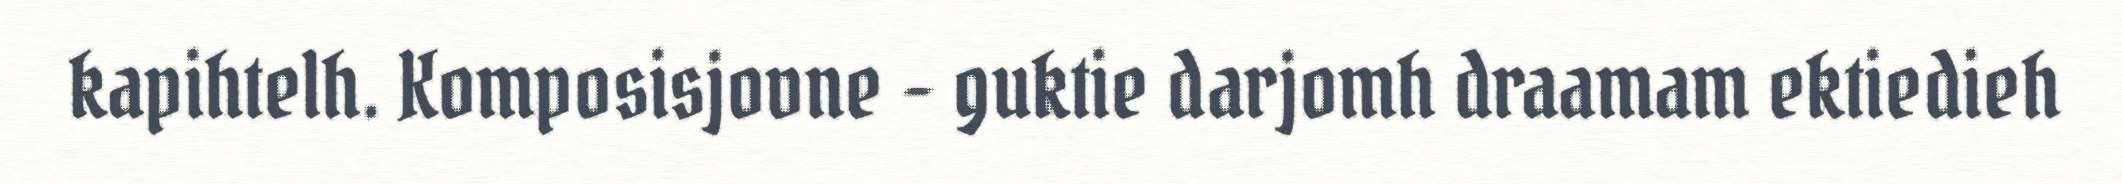
kapihtelh. Komposisjovne – guktie darjomh draamam ektiedieh